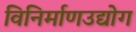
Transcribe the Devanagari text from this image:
विनिर्माणउद्योग